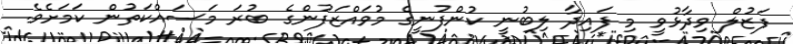
ފަޒުލް ވިދާޅުވީ މި ފައިދާ ލިބުނީ ކުންފުނީގެ މުވައްޒަފުންގެ ބުރަ މަސައްކަތުން ކަމަށެވެ.